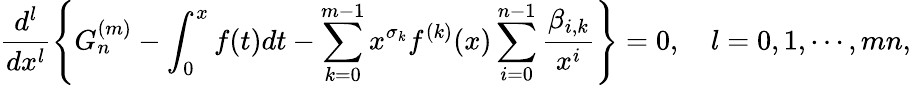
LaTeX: \frac{d^{l}}{dx^{l}}\left\{ G_{n}^{(m)}-\int_{0}^{x}f(t)dt-\sum_{k=0}^{m-1}x^{\sigma_{k}}f^{(k)}(x)\sum_{i=0}^{n-1}\frac{\beta_{i,k}}{x^{i}}\right\} =0,\quad l=0,1,\cdots,mn,